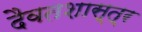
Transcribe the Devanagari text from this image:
दैवतशास्त्र